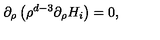
\partial _ { \rho } \left( \rho ^ { d - 3 } \partial _ { \rho } H _ { i } \right) = 0 ,